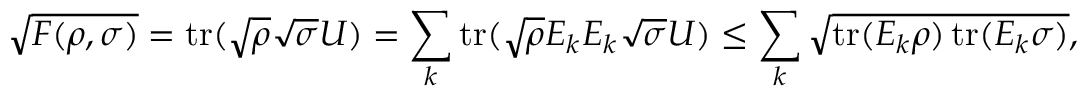
{ \sqrt { F ( \rho , \sigma ) } } = \operatorname { t r } ( { \sqrt { \rho } } { \sqrt { \sigma } } U ) = \sum _ { k } \operatorname { t r } ( { \sqrt { \rho } } E _ { k } E _ { k } { \sqrt { \sigma } } U ) \leq \sum _ { k } { \sqrt { \operatorname { t r } ( E _ { k } \rho ) \operatorname { t r } ( E _ { k } \sigma ) } } ,